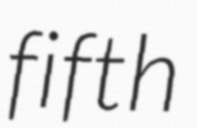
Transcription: fifth